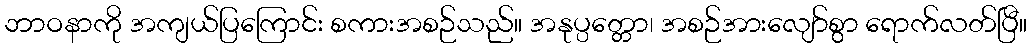
ဘာဝနာကို အကျယ်ပြကြောင်း စကားအစဉ်သည်။ အနုပ္ပတ္တော၊ အစဉ်အားလျော်စွာ ရောက်လတ်ပြီ။